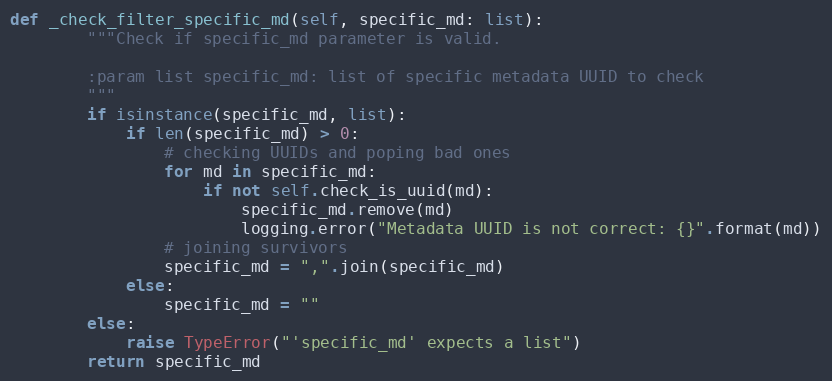
Language: Python
def _check_filter_specific_md(self, specific_md: list):
        """Check if specific_md parameter is valid.

        :param list specific_md: list of specific metadata UUID to check
        """
        if isinstance(specific_md, list):
            if len(specific_md) > 0:
                # checking UUIDs and poping bad ones
                for md in specific_md:
                    if not self.check_is_uuid(md):
                        specific_md.remove(md)
                        logging.error("Metadata UUID is not correct: {}".format(md))
                # joining survivors
                specific_md = ",".join(specific_md)
            else:
                specific_md = ""
        else:
            raise TypeError("'specific_md' expects a list")
        return specific_md